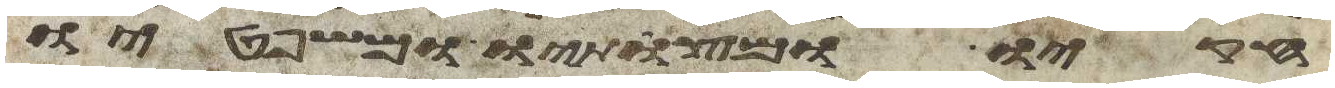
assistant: חקיו ומצותיו ומשפטיו